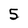
Character: 5